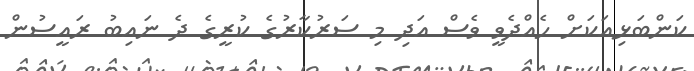
ކަންބަޅިއަކަށް ހެއްދެވީ ވެސް އަދި މި ސަރުކާރުގެ ކުރީގެ ދެ ނައިބު ރައީސުން